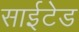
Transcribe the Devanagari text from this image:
साईटेड